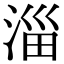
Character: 淄